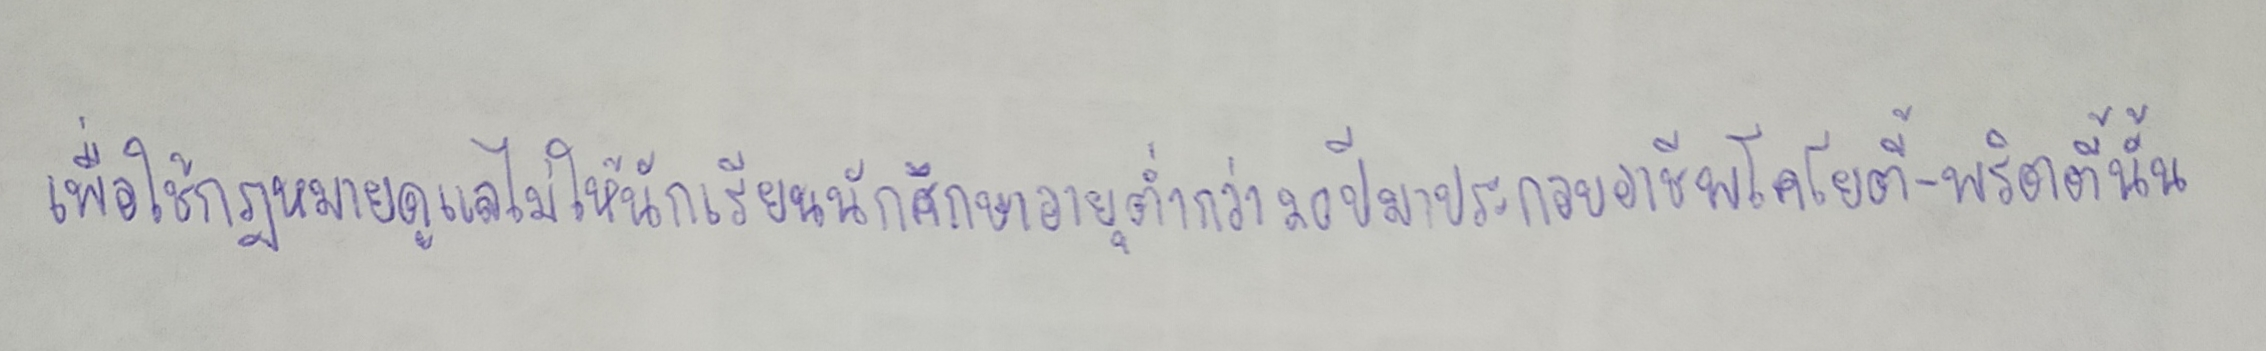
เพื่อใช้กฎหมายดูแลไม่ให้นักเรียนนักศึกษาอายุต่ำกว่า20ปีมาประกอบอาชีพโคโยตี้-พริตตี้นั้น